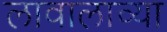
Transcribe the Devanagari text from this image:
लावालाव्या